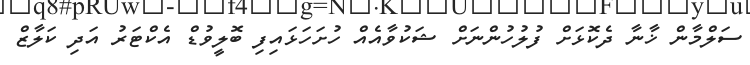
ސަލްމާން ޚާނާ ދެކޮޅަށް ފުލުހުންނަށްް ޝަކުވާއެއް ހުށަހަޅައިފި ބޮލީވުޑް އެކްޓަރު އަދި ކަލާޒް